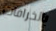
بالخرافات